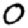
Digit: 0